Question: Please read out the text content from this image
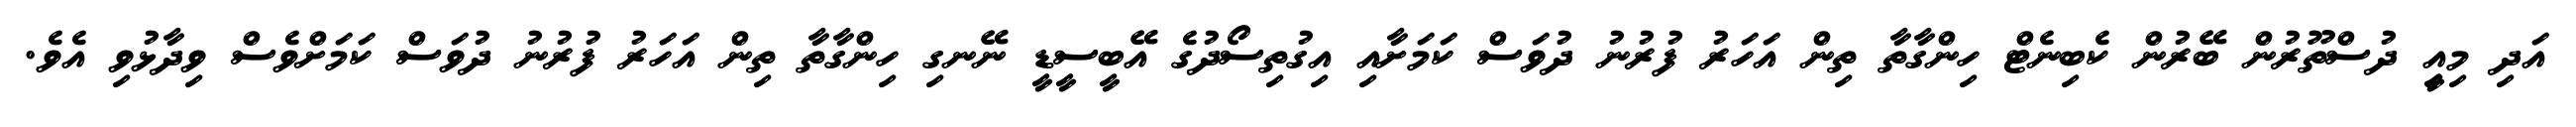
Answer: އަދި މިއިީ ދުސްތޫރުން ބޭރުން ކެބިނެޓް ހިންގާތާ ތިން އަހަރު ފުރުނު ދުވަސް ކަމަށާއި އިގުތިސޯދުގެ އޭބީސީޑީ ނޭނގި ހިންގާތާ ތިން އަހަރު ފުރުނު ދުވަސް ކަމަށްވެސް ވިދާޅުވި އެވެ.